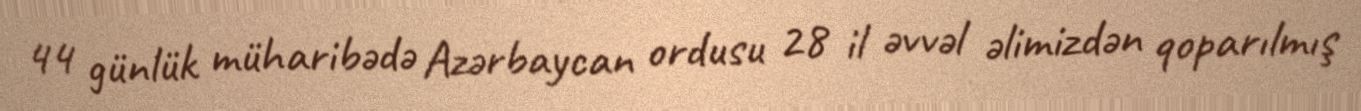
44 günlük müharibədə Azərbaycan ordusu 28 il əvvəl əlimizdən qoparılmış